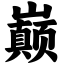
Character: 巅